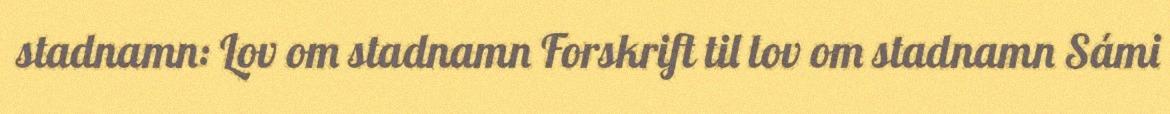
stadnamn: Lov om stadnamn Forskrift til lov om stadnamn Sámi